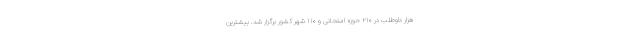
هزار داوطلب در ۲۱۰ حوزه امتحانی و ۱۱۰ شهر کشور برگزار شد. بیشترین